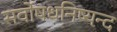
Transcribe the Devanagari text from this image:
सर्वोषधनिष्यन्द